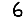
Digit: 6